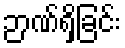
ဉာဏ်ရှိခြင်း